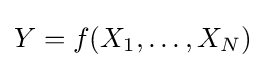
Y=f(X_{1},\ldots ,X_{N})